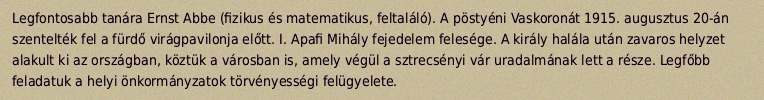
Legfontosabb tanára Ernst Abbe (fizikus és matematikus, feltaláló). A pöstyéni Vaskoronát 1915. augusztus 20-án szentelték fel a fürdő virágpavilonja előtt. I. Apafi Mihály fejedelem felesége. A király halála után zavaros helyzet alakult ki az országban, köztük a városban is, amely végül a sztrecsényi vár uradalmának lett a része. Legfőbb feladatuk a helyi önkormányzatok törvényességi felügyelete.